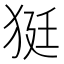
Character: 㹶